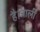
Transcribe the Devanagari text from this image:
है।जाली